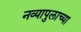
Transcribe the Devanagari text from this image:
नव्यापुलाच्या